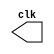
module clock_generator
#(parameter integer CLK_PERIOD = 20)
(output reg clk);

initial clk = 1'b0;

always #(CLK_PERIOD/2) clk = ~clk;

endmodule